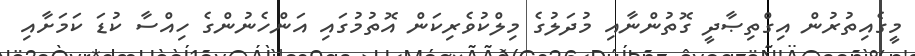
މީގެއިތުރުން އިގްތިޞާދީ ގޮތުންނާއި މުދަލުގެ މިލްކުވެރިކަން އޮތުމުގައި އަންހެނުންގެ ހިއްސާ ކުޑަ ކަމަށާއި